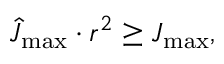
\hat { J } _ { \operatorname* { m a x } } \cdot r ^ { 2 } \geq J _ { \operatorname* { m a x } } ,